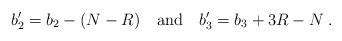
LaTeX: \begin{align*}b_2'= b_2 - (N-R)\quad \mbox{and} \quad b_3'=b_3 +3R-N\; .\end{align*}